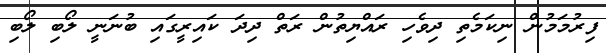
ފިރުމަމުން ނިކަމެތި ދިވެހި ރައްޔިތުން ރަތް ދިދަ ކައިރީގައި ބުނަނީ ލޯބި ލޯބި